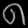
Digit: ၈